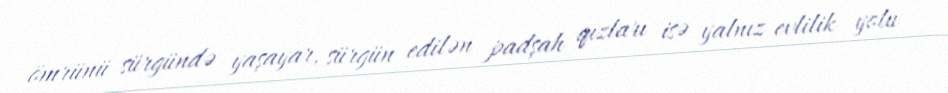
ömrünü sürgündə yaşayar, sürgün edilən padşah qızları isə yalnız evlilik yolu